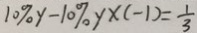
1 0 \% y - 1 0 \% y \times ( - 1 ) = \frac { 1 } { 3 }